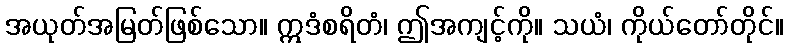
အယုတ်အမြတ်ဖြစ်သော။ ဣဒံစရိတံ၊ ဤအကျင့်ကို။ သယံ၊ ကိုယ်တော်တိုင်။